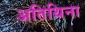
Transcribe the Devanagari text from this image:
अतिथिना